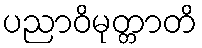
ပညာဝိမုတ္တာတိ